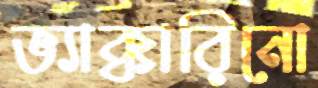
ভ্যাক্কারিনো